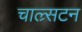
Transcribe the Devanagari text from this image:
चाल्र्सटन